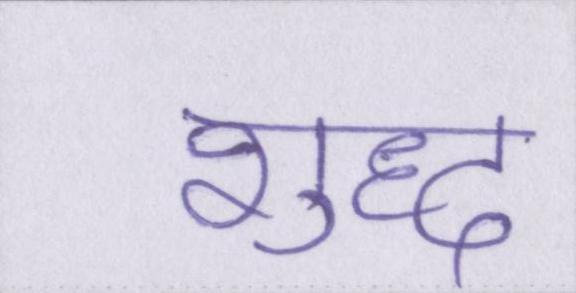
शुध्द